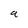
Character: a